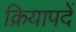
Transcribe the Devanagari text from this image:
क्रियापदें